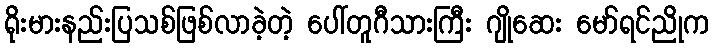
ရိုးမားနည်းပြသစ်ဖြစ်လာခဲ့တဲ့ ပေါ်တူဂီသားကြီး ဂျိုဆေး မော်ရင်ညိုက